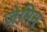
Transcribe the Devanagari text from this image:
जेमिन